Senior Leaving Certificate Examination (including Day School Certificate (Higher) General paper), 1946
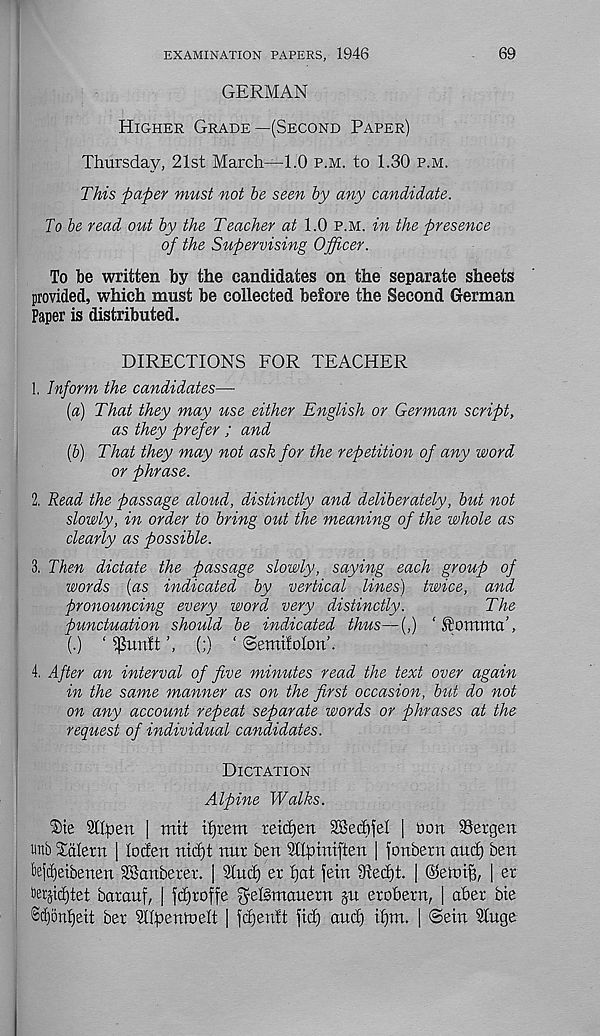
EXAMINATION PAPERS, 1946
69
GERMAN
Higher Grade—(Second Paper)
Thursday, 21st March—1.0 p.m. to 1.30 p.m.
This paper must not be seen by any candidate.
To be read out by the Teacher at 1.0 p.m. in the presence
of the Supervising Officer.
To be written by the candidates on the separate sheets
provided, which must be collected before the Second German
Paper is distributed.
DIRECTIONS FOR TEACHER
1. Inform the candidates—-
[a) That they may use either English or German script,
as they prefer ; and
(b) That they may not ask for the repetition of any word
or phrase.
2. Read the passage aloud, distinctly and deliberately, but not
slowly, in order to bring out the meaning of the whole as
clearly as possible.
3. Then dictate the passage slowly, saying each group of
words {as indicated by vertical lines) twice, and
pronouncing every word very distinctly.
The
punctuation should be indicated thus—(,) ‘
(.) ‘ $un!t
(;) ‘ ©emifohm’.
4. After an interval of five minutes read the text over again
in the same manner as on the first occasion, but do not
on any account repeat separate words or phrases at the
request of individual candidates.
Dictation
Alpine Walks.
Die Sttpen | mit tf)rem tetdjen SBechfel | bon Bergen
tnb Ddlern | loden md)t nur ben Sdpiniften | fonbern and) ben
tefdjeibenen SBanberet. | Stud) er rjat fern 3ted)t. | ©etoi^, | er
terjidjtet batauf, | fd)toffe $el§mauern ju erohern, | aber bte
Sdjonljeit bet Sttpentoelt | fdjentt fid) and) if)m. | @ein Singe